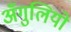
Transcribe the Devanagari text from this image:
अँगुलियो